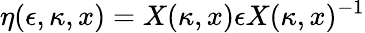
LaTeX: \eta(\epsilon,\kappa,x)=X(\kappa,x)\epsilon X(\kappa,x)^{-1}